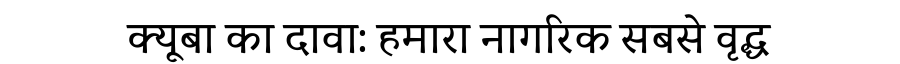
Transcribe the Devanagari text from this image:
क्यूबा का दावा: हमारा नागरिक सबसे वृद्ध